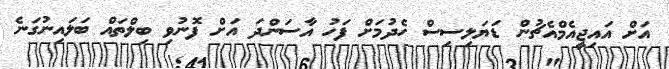
އަށް އައިޖީއެމްއެޗުން ޑަޔަލިސިސް ހެދުމަށް ފަހު އާސަންދަ އަށް ފޮނުވި ބިލްތައް ބަލައިނުގަނެ